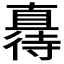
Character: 𫹦